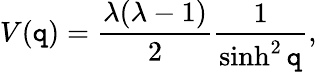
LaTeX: V(\mathtt{q})=\frac{{\lambda(\lambda-1)}}{{2}}\frac{{1}}{{\sinh^{2}\mathtt{q}}},